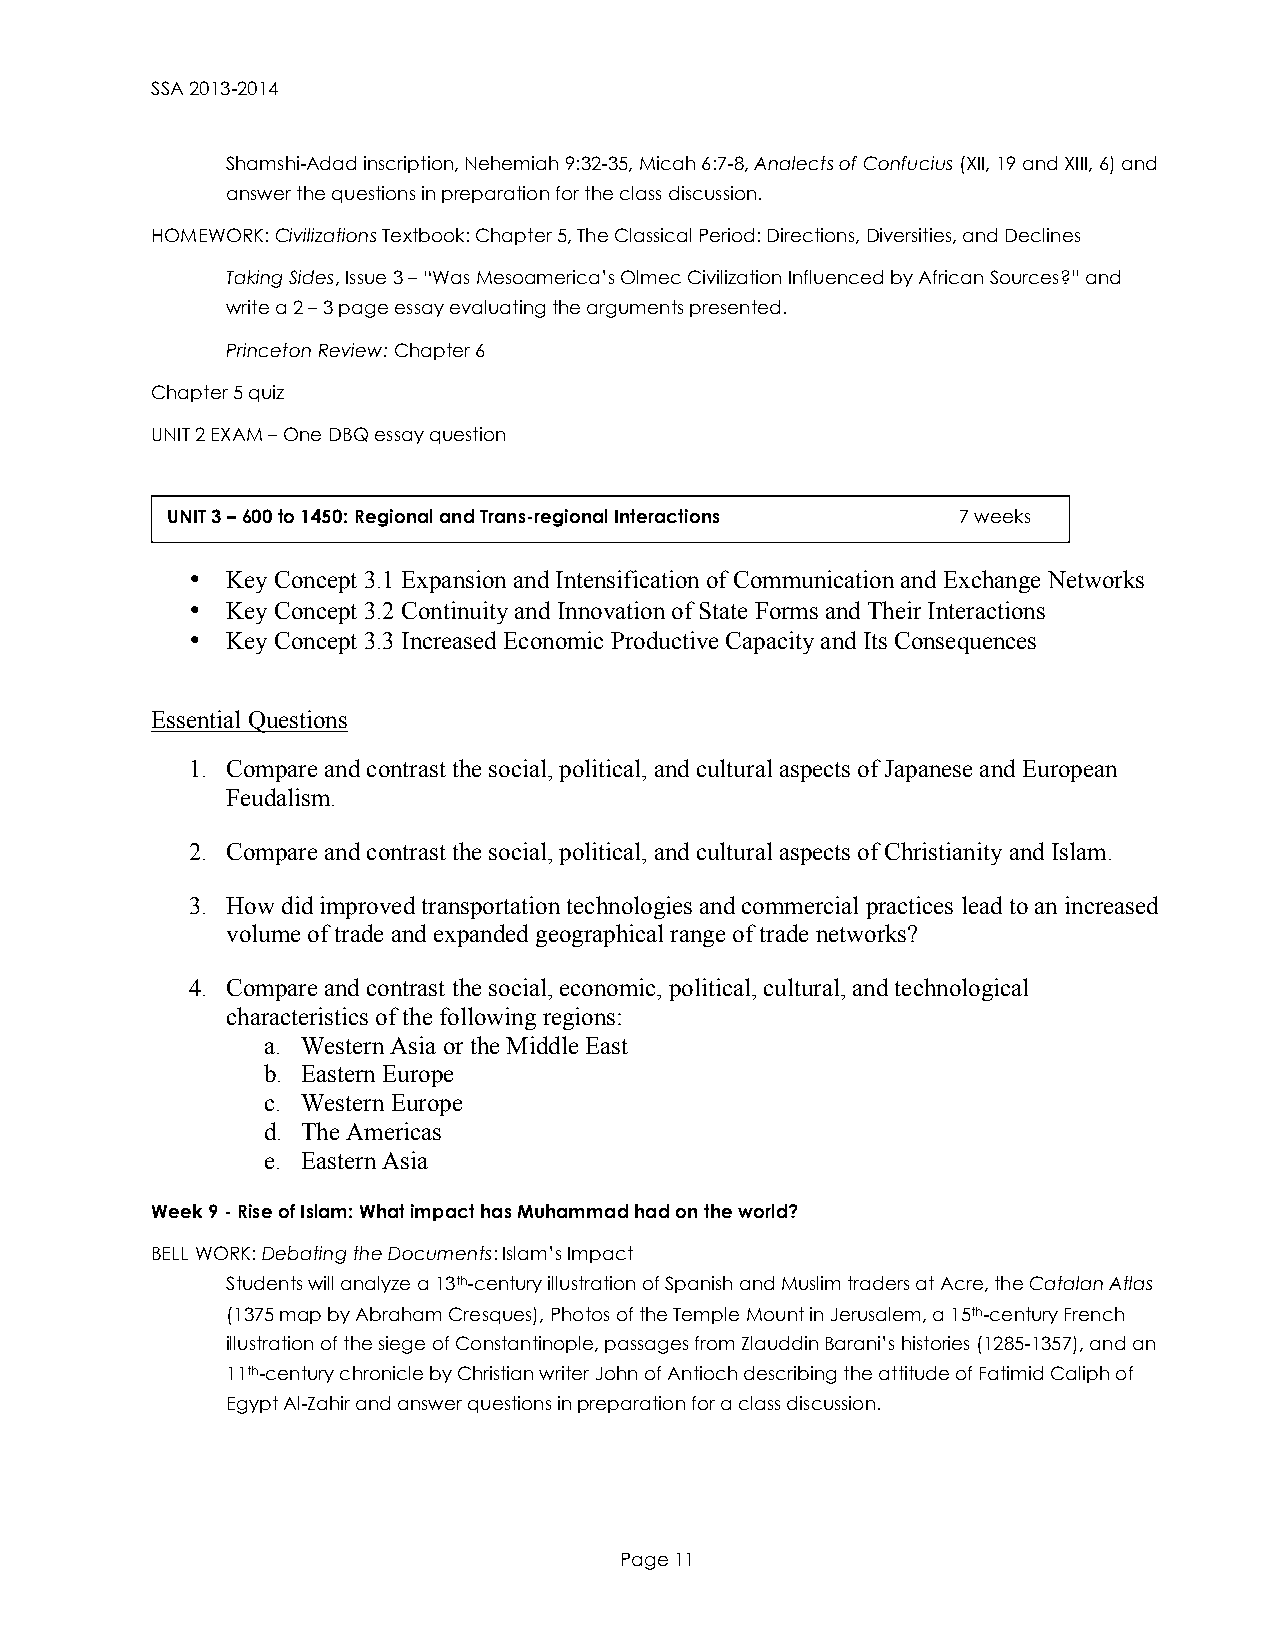
SSA 2013-2014
 Shamshi-Adad inscription, Nehemiah 9:32-35, Micah 6:7-8, Analects of Confucius (XII, 19 and XIII, 6) and
 answer the questions in preparation for the class discussion.
 HOMEWORK: Civilizations Textbook: Chapter 5, The Classical Period: Directions, Diversities, and Declines
 Taking Sides, Issue 3 – “Was Mesoamerica’s Olmec Civilization Influenced by African Sources?” and
 write a 2 – 3 page essay evaluating the arguments presented.
 Princeton Review: Chapter 6
 Chapter 5 quiz
 UNIT 2 EXAM – One DBQ essay question
 UNIT 3 – 600 to 1450: Regional and Trans-regional Interactions 7 weeks
 •  Key Concept 3.1 Expansion and Intensification of Communication and Exchange Networks
 •  Key Concept 3.2 Continuity and Innovation of State Forms and Their Interactions
 •  Key Concept 3.3 Increased Economic Productive Capacity and Its Consequences
 Essential Questions
 1. Compare and contrast the social, political, and cultural aspects of Japanese and European
 Feudalism.
 2. Compare and contrast the social, political, and cultural aspects of Christianity and Islam.
 3. How did improved transportation technologies and commercial practices lead to an increased
 volume of trade and expanded geographical range of trade networks?
 4. Compare and contrast the social, economic, political, cultural, and technological
 characteristics of the following regions:
 a. Western Asia or the Middle East
 b. Eastern Europe
 c. Western Europe
 d. The Americas
 e. Eastern Asia
 Week 9 - Rise of Islam: What impact has Muhammad had on the world?
 BELL WORK: Debating the Documents: Islam’s Impact
 Students will analyze a 13th-century illustration of Spanish and Muslim traders at Acre, the Catalan Atlas
 (1375 map by Abraham Cresques), Photos of the Temple Mount in Jerusalem, a 15th-century French
 illustration of the siege of Constantinople, passages from Zlauddin Barani’s histories (1285-1357), and an
 11th-century chronicle by Christian writer John of Antioch describing the attitude of Fatimid Caliph of
 Egypt Al-Zahir and answer questions in preparation for a class discussion.
 Page 11